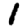
Digit: 1